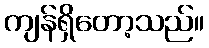
ကျန်ရှိတော့သည်။